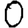
Digit: 0